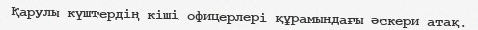
Қарулы күштердің кіші офицерлері құрамындағы әскери атақ.